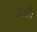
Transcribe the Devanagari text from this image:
अग्नीः